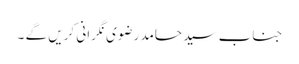
جناب سید حامد رضوی نگرانی کریں گے ۔